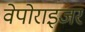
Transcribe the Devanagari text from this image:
वेपोराइजर